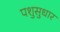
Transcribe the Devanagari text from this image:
पशुसुधार